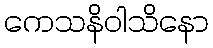
ကေသနိဝါသိနော